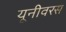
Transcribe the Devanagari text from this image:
यूनीवरस